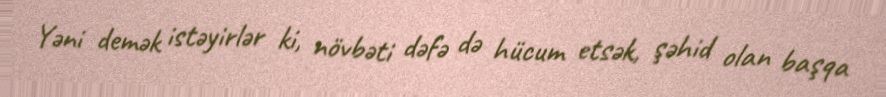
Yəni demək istəyirlər ki, növbəti dəfə də hücum etsək, şəhid olan başqa